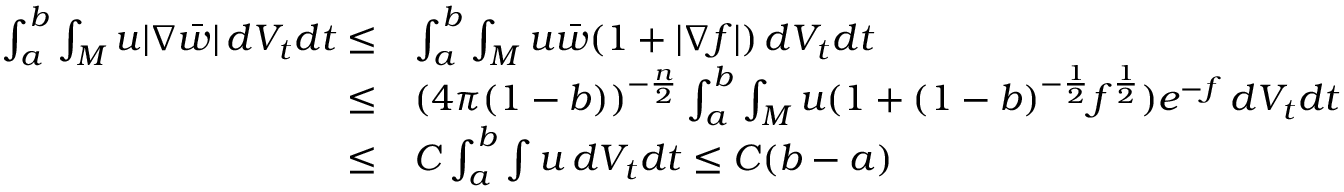
\begin{array} { r l } { \int _ { a } ^ { b } \int _ { M } u | \nabla \bar { w } | \, d V _ { t } d t \le } & { \int _ { a } ^ { b } \int _ { M } u \bar { w } ( 1 + | \nabla f | ) \, d V _ { t } d t } \\ { \le } & { ( 4 \pi ( 1 - b ) ) ^ { - \frac n 2 } \int _ { a } ^ { b } \int _ { M } u ( 1 + ( 1 - b ) ^ { - \frac 1 2 } f ^ { \frac 1 2 } ) e ^ { - f } \, d V _ { t } d t } \\ { \le } & { C \int _ { a } ^ { b } \int u \, d V _ { t } d t \le C ( b - a ) } \end{array}